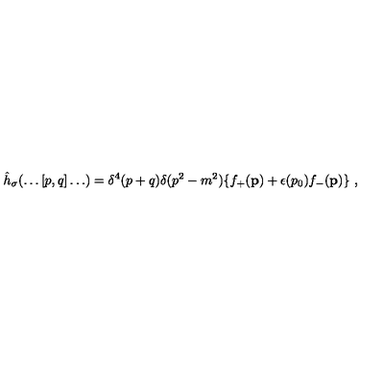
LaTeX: { \hat { h } } _ { \sigma } ( \ldots [ p , q ] \ldots ) = \delta ^ { 4 } ( p + q ) \delta ( p ^ { 2 } - m ^ { 2 } ) \{ f _ { + } ( { \bf p } ) + \epsilon ( p _ { 0 } ) f _ { - } ( { \bf p } ) \} \ ,